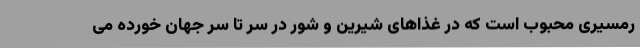
رمسیری محبوب است که در غذاهای شیرین و شور در سر تا سر جهان خورده می